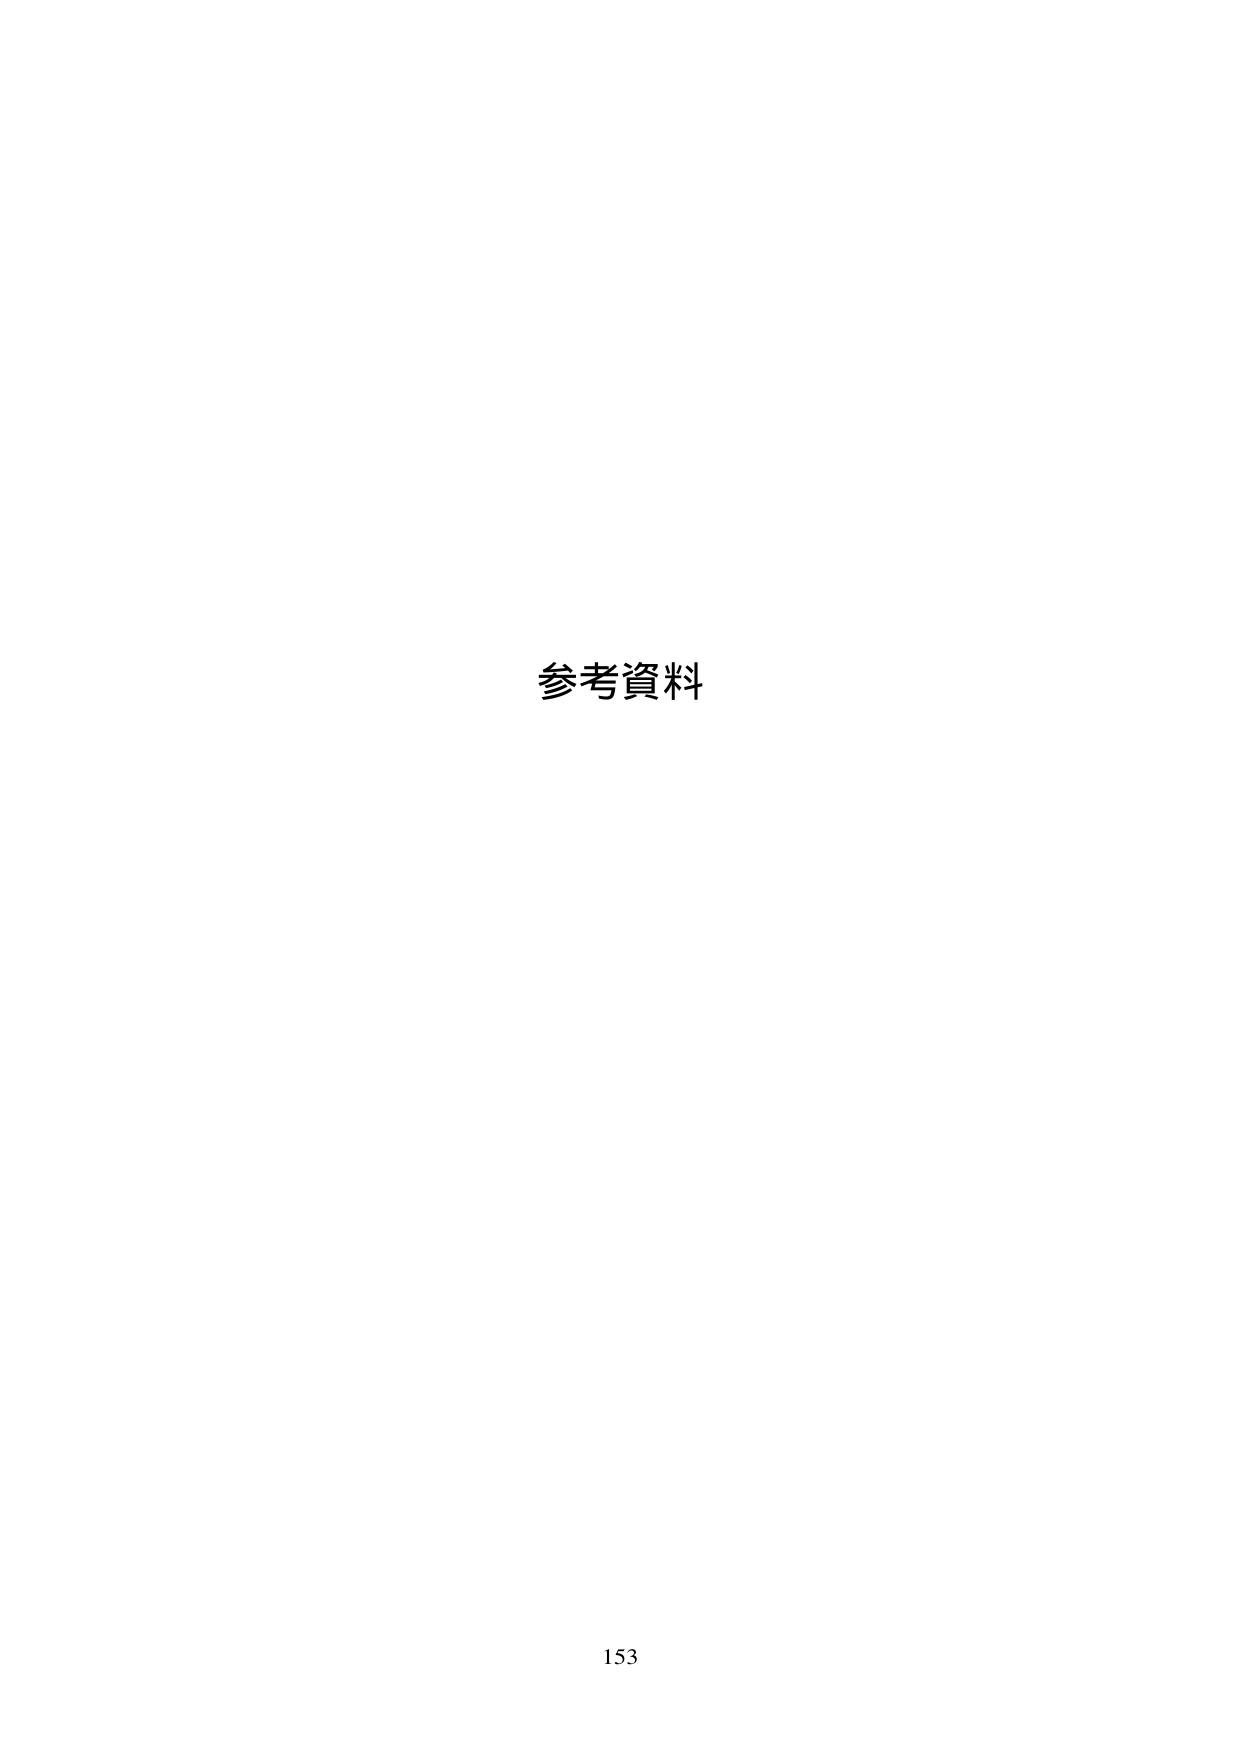
参考資料
153